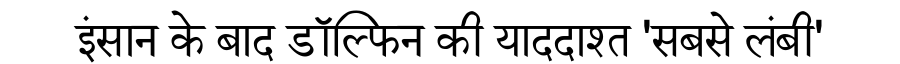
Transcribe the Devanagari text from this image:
इंसान के बाद डॉल्फिन की याददाश्त 'सबसे लंबी'